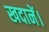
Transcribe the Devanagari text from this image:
खदानें।